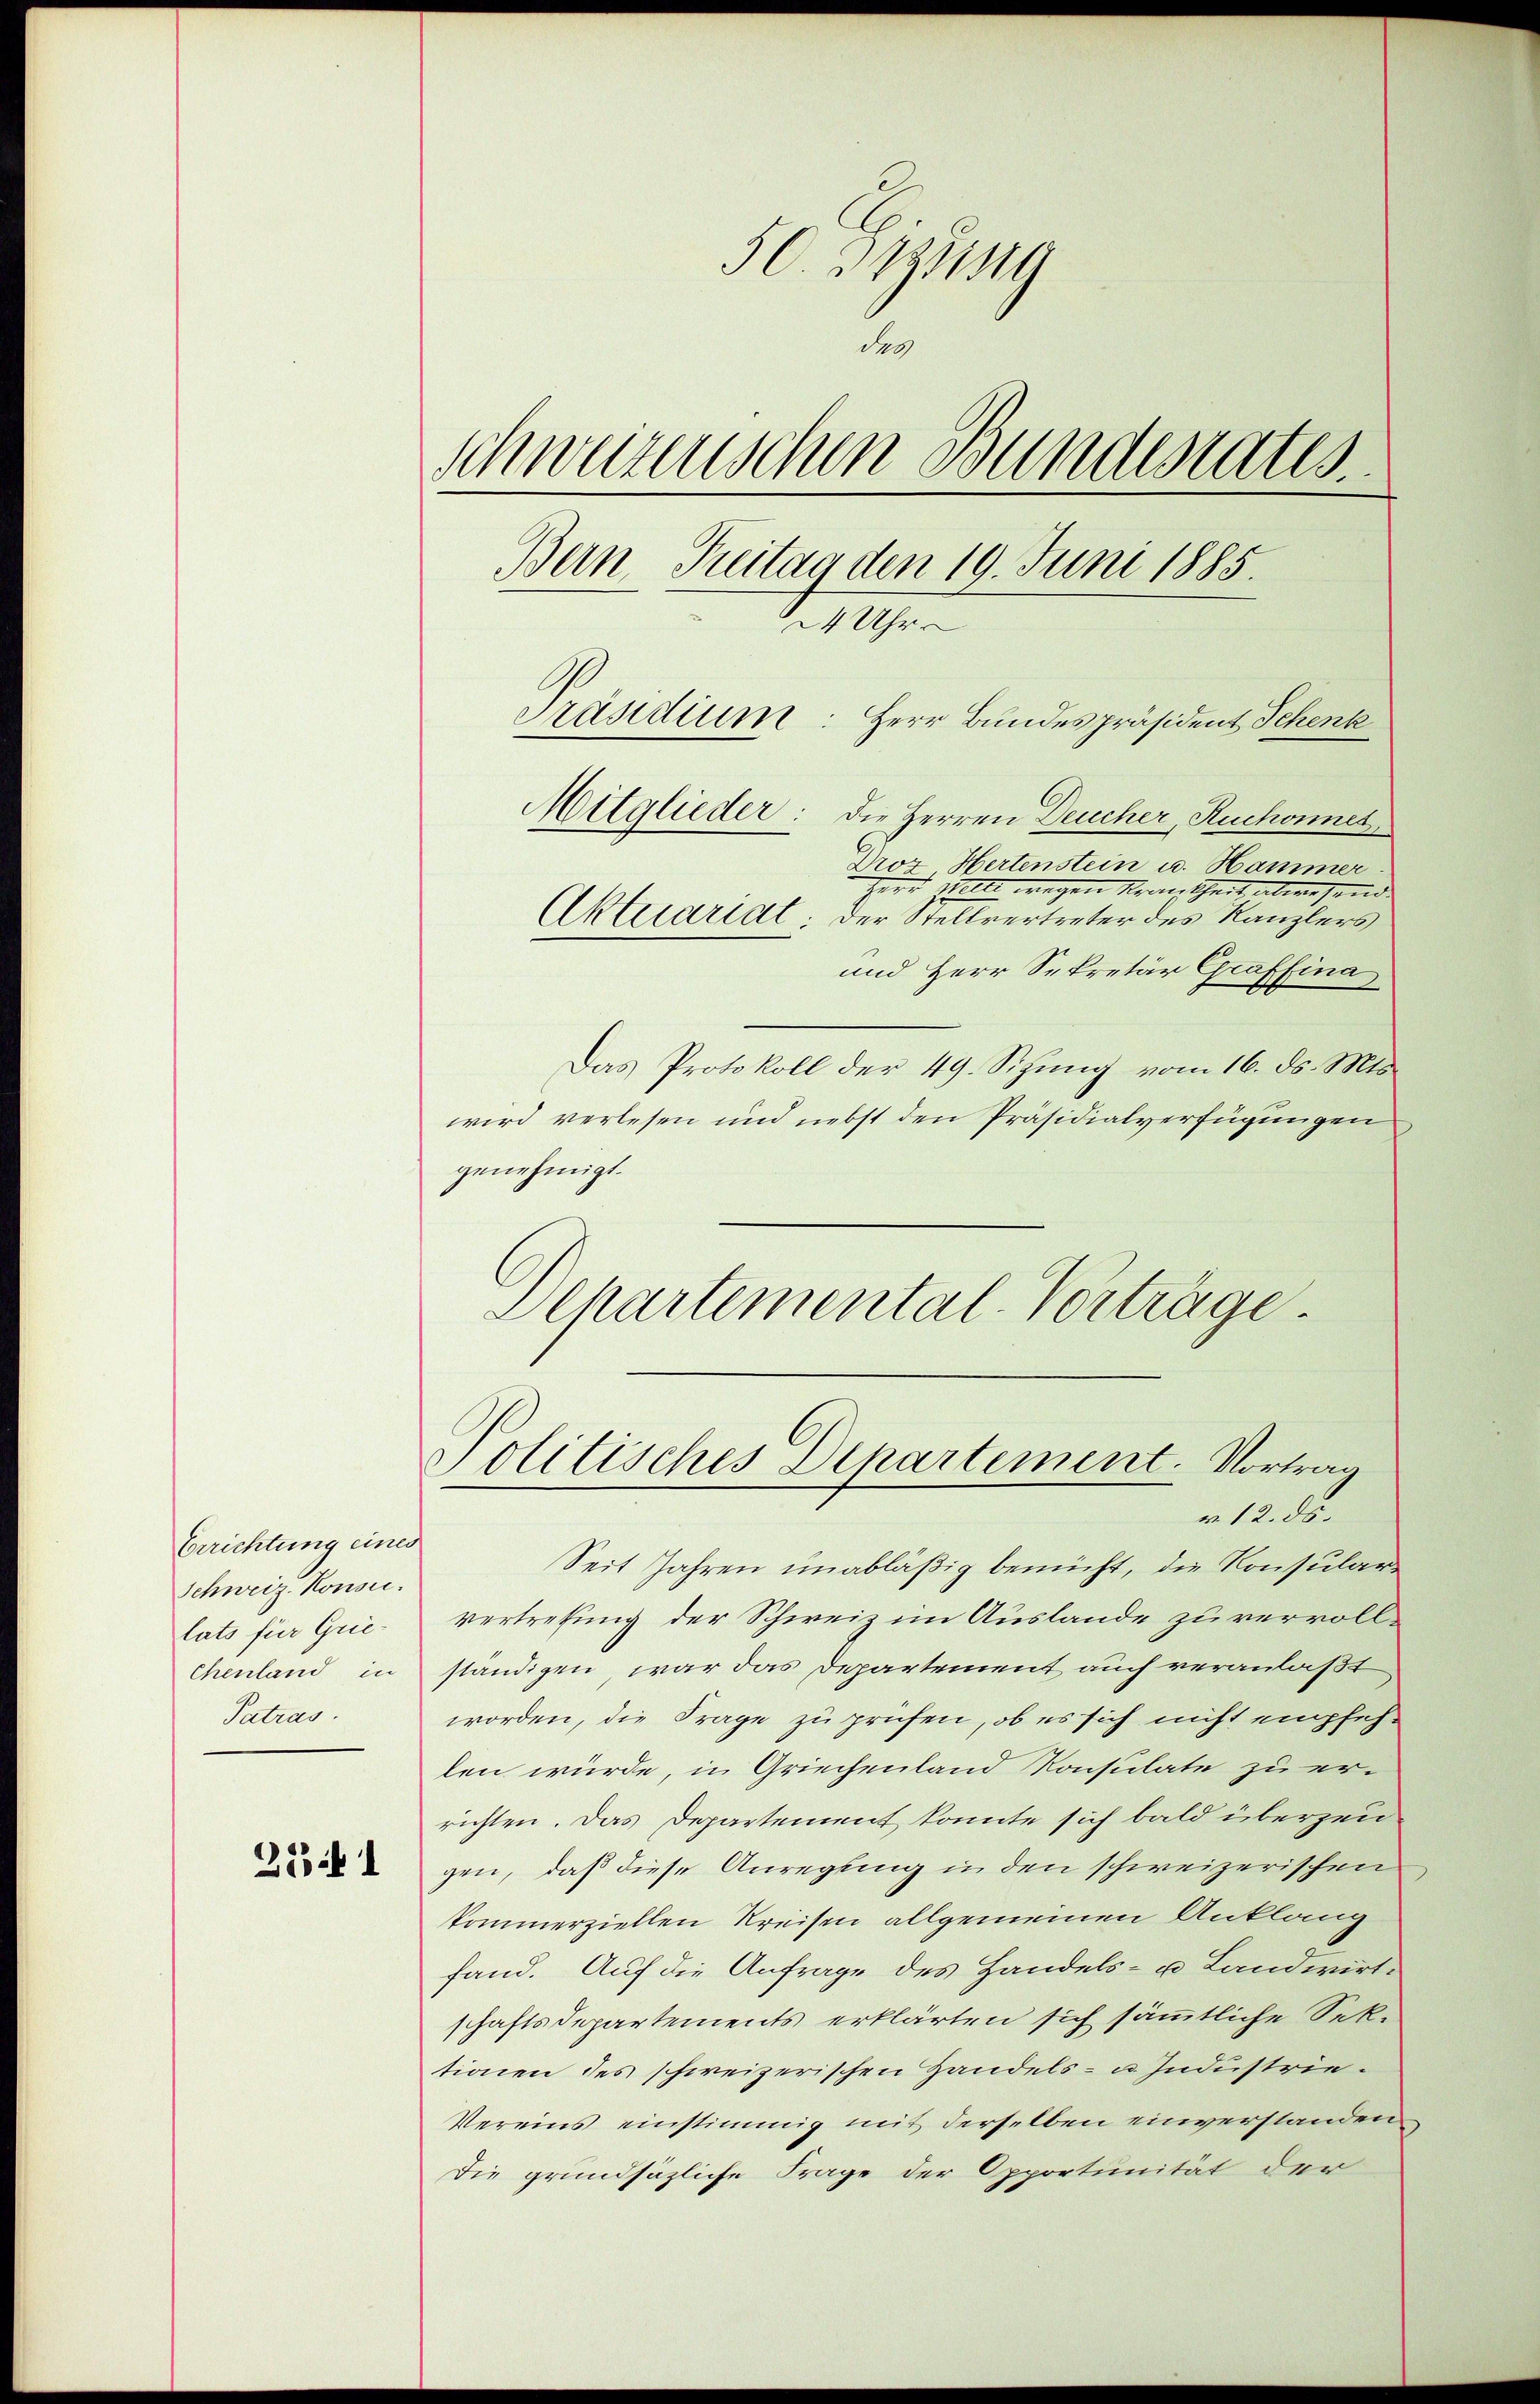
Berichtung einer
Schweiz. Konsu
lats für Grie¬
Chenland in
Patras

25 f 1

50. 341
des
schweizerischen Bundesrates
Bern, Treitag den 19. Juni 1885.
24 Uhr
Präsidium: Herr Bundespräsident Schenk
Mitglieder: Die Herren Deucher, Ruchonnet
Droz Hertenstein u. Hammer
Herr Welt wegen Krankheit abwesend
Aktuariat; der Stellvertreter des Kanzlers
und Herr Sekretär Graffina¬

Departemental-Vorträge
Politisches Departement. Vortrag
v. 12. ds.

Das Protokoll der 49. Sizung vom 16. ds. Mts.
wird verlesen und nebst den Präsidialverfügungen
genehmigt.
Seit Jahren unabläßig bemüht, die Konsularvertretung der Schweiz im Auslande zu vervollständigen, war das Departement auch veranlaßt
worden, die Frage zu prüfen, ob es sich nicht empfehlen würde, in Griechenland Konsulate zu er-
richten. Das Departement konnte sich bald überzeu
gen, daß diese Anregung in den schweizerischen
kommerziellen Kreisen allgemeinen Anklang
fand. Auf die Anfrage des Handels- u Landwirt-
schaftsdepartements erklärten sich sämmtliche Sektionen des schweizerischen Handels- u. Industrie
Vereins einstimmig mit derselben einverstanden
Die grundsäzliche Frage der Opportunität der